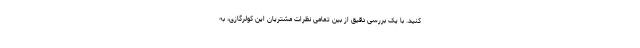
کنید. با یک بررسی دقیق از بین تمامی نظرات مشتریان این کولرگازی، به